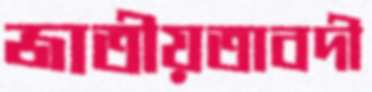
জাতীয়তাবদী